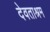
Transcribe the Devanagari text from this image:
देवताश्रम